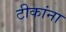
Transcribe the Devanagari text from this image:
टीकांना